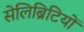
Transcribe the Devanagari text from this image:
सेलिब्रिटियों